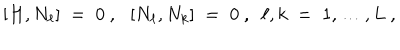
\left[ H , N _ { \ell } \right] \; = \; 0 ~ , ~ ~ \left[ N _ { \ell } , N _ { k } \right] \; = \; 0 ~ , ~ ~ \ell , k \; = \; 1 , \ldots , L ~ ,